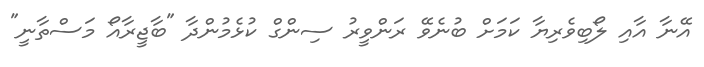
އޭނާ އާއި ލޯބިވެރިޔާ ކަމަށް ބުނެވޭ ރަންވީރު ސިންގް ކުޅެމުންދާ "ބާޖީރާއޯ މަސްތާނީ"